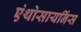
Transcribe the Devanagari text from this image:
एंथोसायनिंस